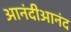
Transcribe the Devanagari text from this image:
आनंदीआनंद